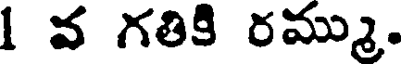
1 వ గతికి రమ్ము.